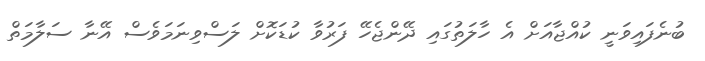
ބުނެފައިވަނީ ކުއްޖާއަށް އެ ހާލަތުގައި ދޭންޖެހޭ ފަރުވާ ކުޑަކޮށް ލަސްވިނަމަވެސް އޭނާ ސަލާމަތް